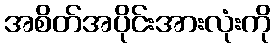
အစိတ်အပိုင်းအားလုံးကို